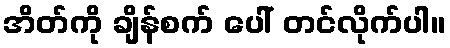
အိတ်ကို ချိန်စက် ပေါ် တင်လိုက်ပါ။